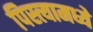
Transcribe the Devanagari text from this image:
पिस्त्यामध्ये